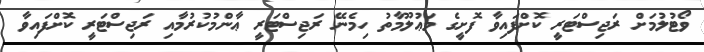
ވޯޓުލުމަށް ރަޖިސްޓަރީ ކޮށްފައިވާ ފޮށީގެ މަޢުލޫމާތު ހިމެނޭ ރަޖިސްޓަރީ ޢާންމުކުރުމާއި ރަޖިސްޓަރީ ކޮށްފައިވާ